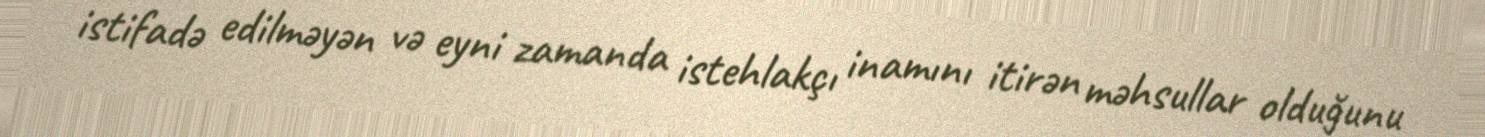
istifadə edilməyən və eyni zamanda istehlakçı inamını itirən məhsullar olduğunu